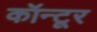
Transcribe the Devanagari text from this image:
कॉन्टूर